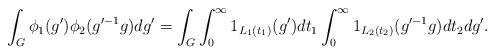
LaTeX: \begin{align*} \int_{G}^{} \phi_1 (g') \phi_2 (g'^{-1} g) dg' = \int_{G}^{} \int_{0}^{\infty} 1_{L_1 (t_1)} (g') dt_1 \int_{0}^{\infty} 1_{L_2 (t_2)} (g'^{-1} g) dt_2 dg'. \end{align*}